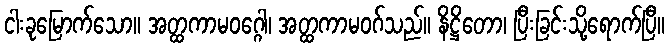
ငါးခုမြောက်သော။ အတ္ထကာမဝဂ္ဂေါ၊ အတ္ထကာမဝဂ်သည်။ နိဋ္ဌိတော၊ ပြီးခြင်းသို့ရောက်ပြီ။